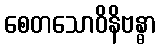
စေတသောဝိနိဗန္ဓာ